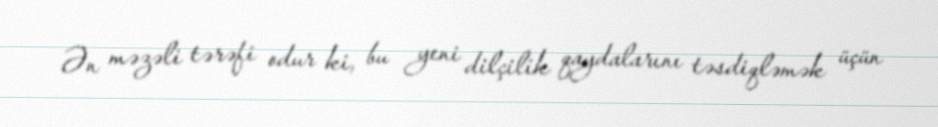
Ən məzəli tərəfi odur ki, bu yeni dilçilik qaydalarını təsdiqləmək üçün